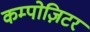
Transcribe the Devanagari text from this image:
कम्पोज़िटर